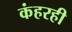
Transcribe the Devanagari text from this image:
कंहरही